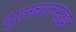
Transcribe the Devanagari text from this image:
हालचालसुद्धा